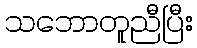
သဘောတူညီပြီး